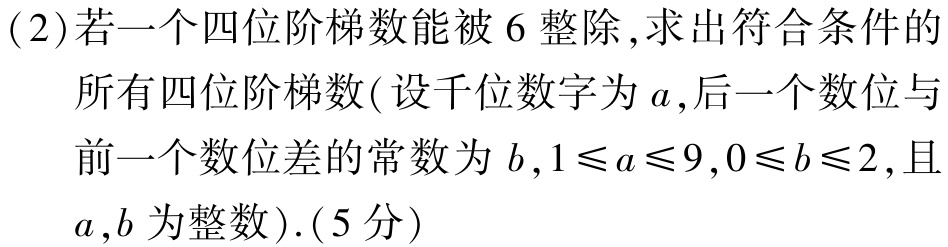
(2)若一个四位阶梯数能被$6$整除,求出符合条件的
所有四位阶梯数(设千位数字为$a$,后一个数位与
前一个数位差的常数为$b$,$1\leqslant a\leqslant9,0\leqslant b\leqslant2$,且
$a,b$为整数).(5分)